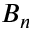
B _ { n }